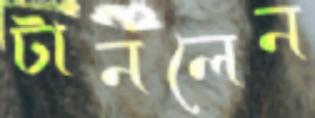
টানলেন